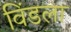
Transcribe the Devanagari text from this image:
विंडला